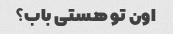
اون تو هستی باب؟